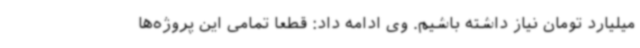
میلیارد تومان نیاز داشته باشیم. وی ادامه داد: قطعا تمامی این پروژه‌ها